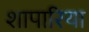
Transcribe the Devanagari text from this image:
शापारिया